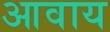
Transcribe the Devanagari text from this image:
आवाय